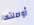
أوصلتها